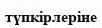
түпкірлеріне